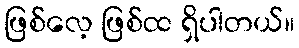
ဖြစ်လေ့ ဖြစ်ထ ရှိပါတယ်။